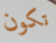
تكون